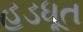
હડધૂત